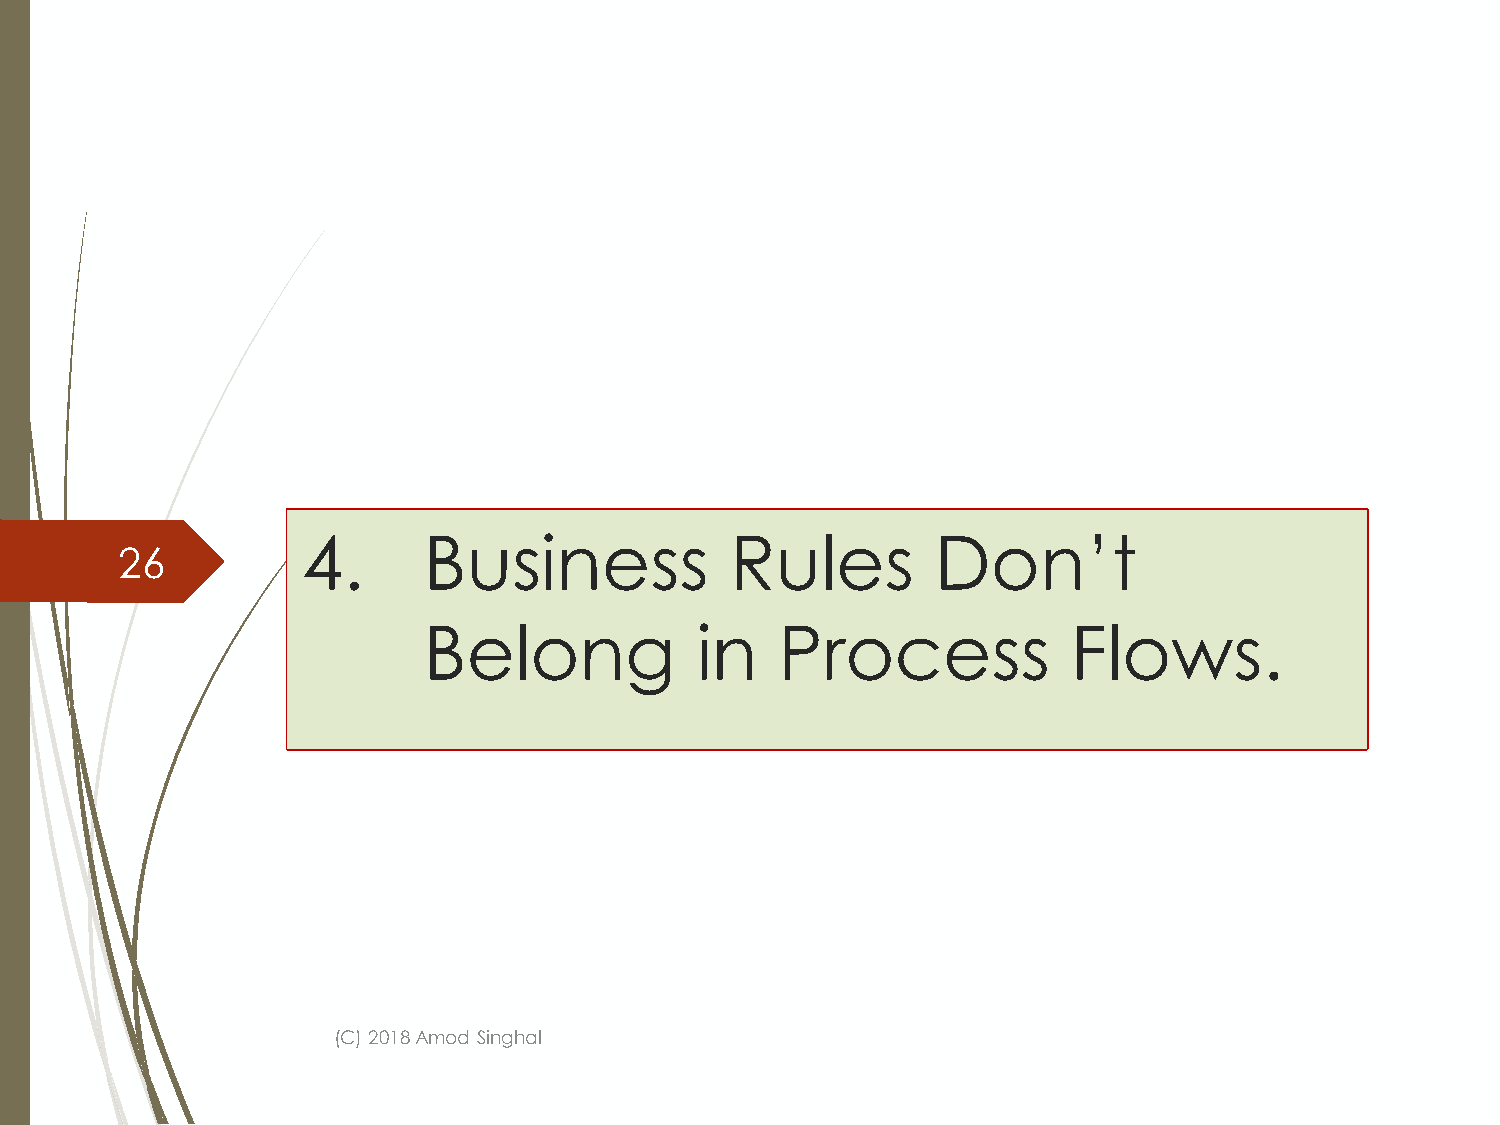
4.      Business            Rules         Don’t
 26
 Belong            in    Process            Flows.
 (C) 2018 Amod Singhal